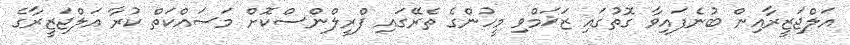
އަލްޖަޒީރާއިން ބުނެފައިވާ ގޮތުގައި ޒަޚަމްވި މީހުންގެ ތެރޭގައި ފްރީލްންސްކޮށް މަސައްކަތް ކުރާ އަލްޖަޒީރާގެ